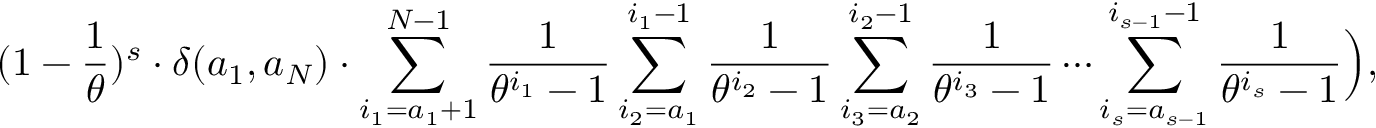
( 1 - \frac { 1 } { \theta } ) ^ { s } \cdot \delta ( a _ { 1 } , a _ { N } ) \cdot \sum _ { i _ { 1 } = a _ { 1 } + 1 } ^ { N - 1 } \frac { 1 } { \theta ^ { i _ { 1 } } - 1 } \sum _ { i _ { 2 } = a _ { 1 } } ^ { i _ { 1 } - 1 } \frac { 1 } { \theta ^ { i _ { 2 } } - 1 } \sum _ { i _ { 3 } = a _ { 2 } } ^ { i _ { 2 } - 1 } \frac { 1 } { \theta ^ { i _ { 3 } } - 1 } \cdots \sum _ { i _ { s } = a _ { s - 1 } } ^ { i _ { s - 1 } - 1 } \frac { 1 } { \theta ^ { i _ { s } } - 1 } \Big ) ,